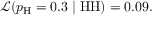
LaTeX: { \mathcal { L } } ( p _ { \mathrm { H } } = 0 . 3 \mid { \mathrm { H H } } ) = 0 . 0 9 .